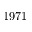
1 9 7 1